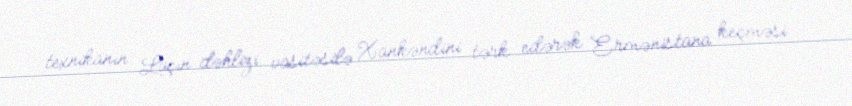
texnikanın Laçın dəhlizi vasitəsilə Xankəndini tərk edərək Ermənistana keçməsi